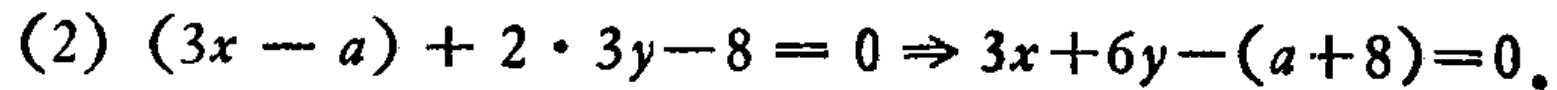
(2) \((3x - a)+2\cdot 3y - 8 = 0\Rightarrow 3x + 6y-(a + 8)=0\)